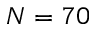
N = 7 0